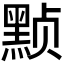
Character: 𬹕